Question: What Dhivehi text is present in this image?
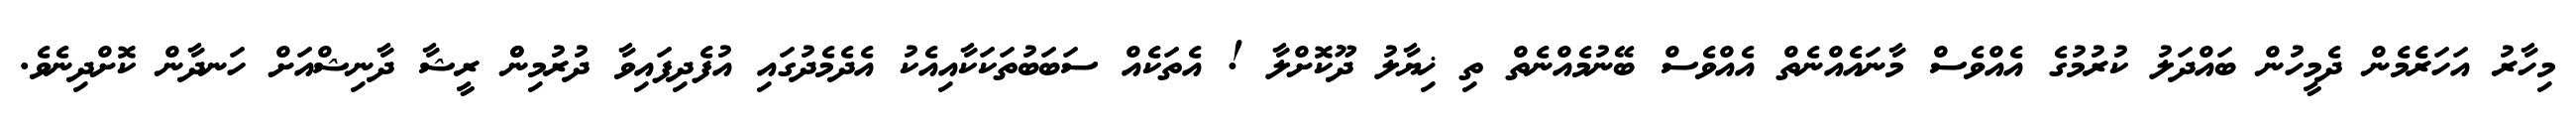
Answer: މިހާރު އަހަރެެމެން ދެމީހުން ބައްދަލު ކުރުމުގެ އެއްވެސް މާނައެއްނެތް އެއްވެސް ބޭނުމެއްނެތް ތި ޚިޔާލު ދޫކޮށްލާ ! އެތަކެއް ސަބަބުތަކަކާއިއެކު އެދެމެދުގައި އުފެދިފައިވާ ދުރުމިންް ރީޝާ ދާނިޝްއަށް ހަނދާން ކޮށްދިނެވެ.